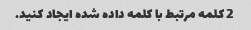
2 کلمه مرتبط با کلمه داده شده ایجاد کنید.